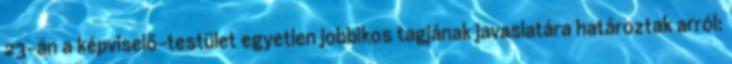
23-án a képviselő-testület egyetlen jobbikos tagjának javaslatára határoztak arról: